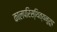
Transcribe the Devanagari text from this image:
कालपरिस्थित्यनुरूप